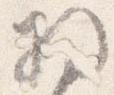
将